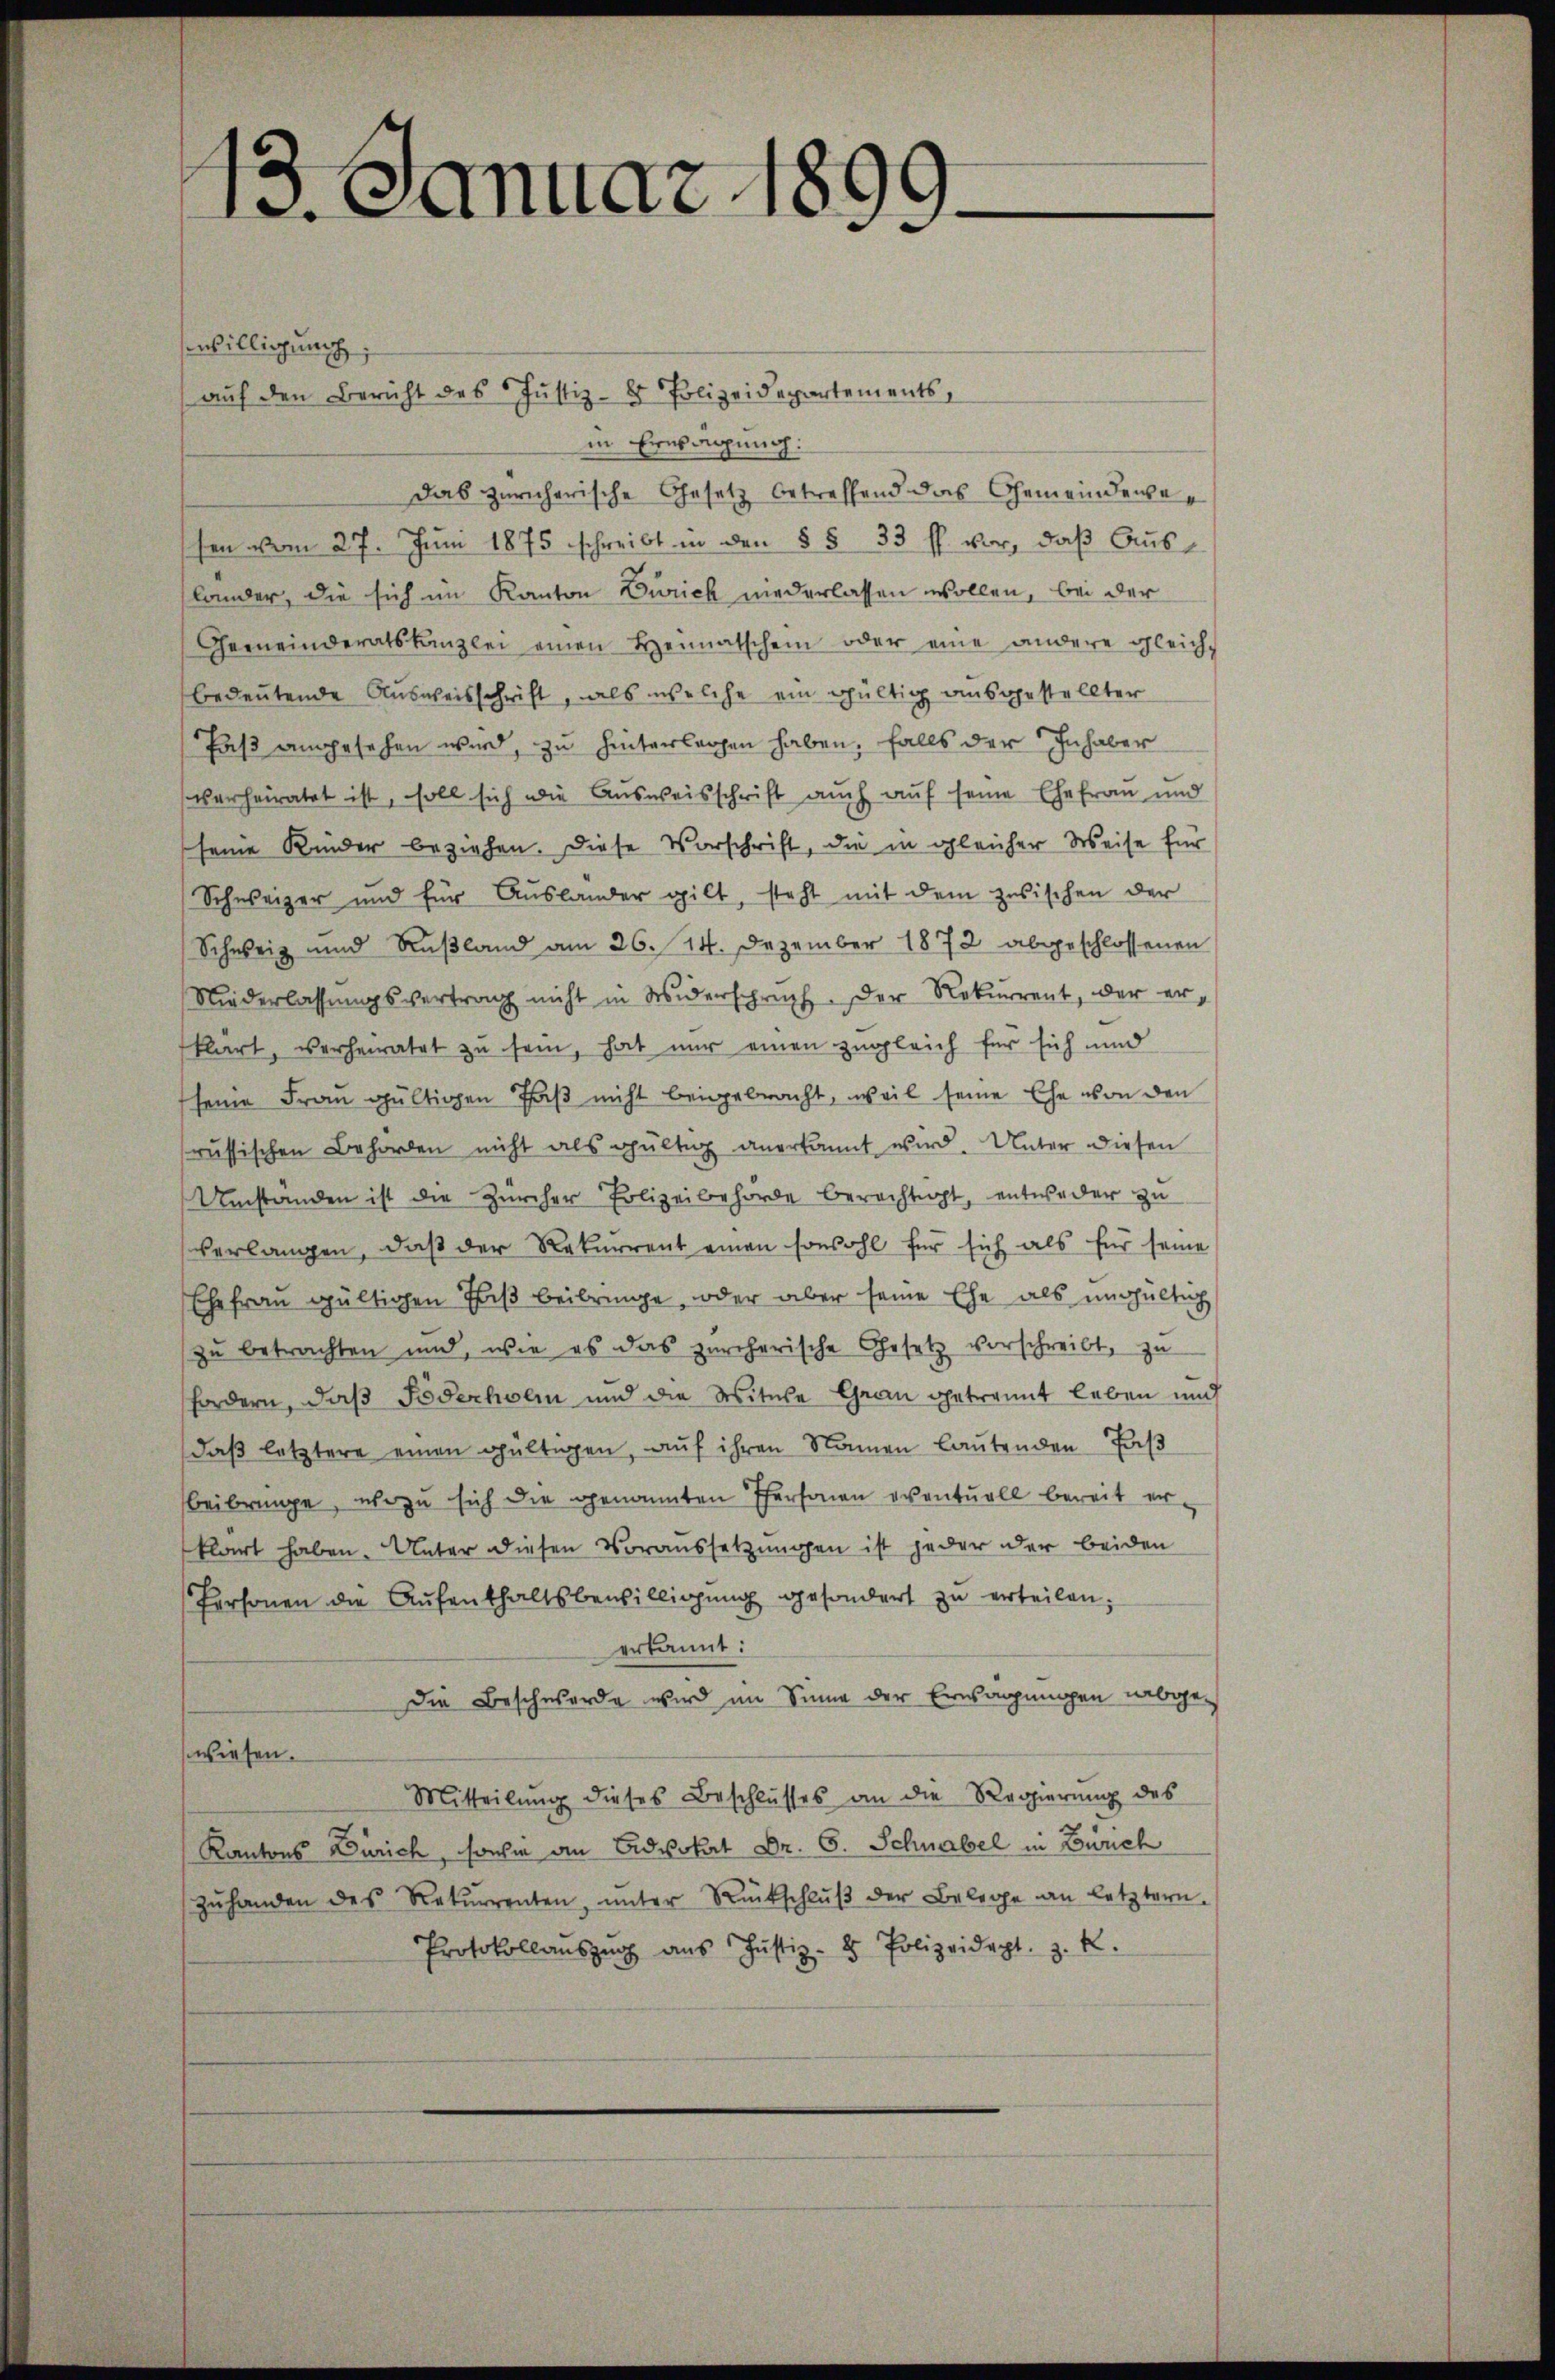
. Januar 1899.

enbilligung
aŭf den Bericht des Justiz- & Polizeidepartements,
in Erwägung:
Das züricherische Gesetz betreffend das Gemeindewesen vom 27. Juni 1875 schreibt in den § § 33 ff. vor, daß Aus-
lander, die sich im Kanton Zürich niederlassen wollen, bei der
Gemeinderatskanzlei einen Heimatschein oder eine andere gleich-
bedeutende Ausweisschrift, als welche ein gültig ausgestellter
Paß angesehen wird, zu hinterlagen haben, falls der Inhaber
verheiratet ist, soll sich die Ausweisschrift auch auf seine Ehefrau und
seine Kinder beziehen. Diese Vorschrift, die in gleicher Weise für
Schweizer und für Auslander gilt, steht mit dem zusischen der
Schweiz und Rußland am 26. 14. Dezember 1872 abgeschlossenen
Niederlassŭngsvertrag nicht in Widerspruch. Der Rekurrent, der erklärt, verheiratet zu sein, hat nur einen zugleich für sich und
seine Frau gültigen Paß nicht beigebracht, weil seine Ehe von den
russischen Behörden nicht als gültig anerkannt wird. Unter diesen
Umstanden ist die Zürcher Polizeibehörde berechtigt, entweder zu
verlangen, daß der Rekurrent einen sowohl für sich als für seine
Ehefrau gültigen Faß beibringe, oder aber seine Ehe als ungültig
zu betrachten und, wie es das zürcherische Gesetz vorschreibt, zu
fordern, daß Föderholen und die Witwe Gran getrennt leben und
daß letztere einen gültigen, auf ihren Namen lautenden Fas
beibringe, wozu sich die genannten Personen eventuell bereit erklärt haben. Unter diesen Voraussetzungen ist jeder der beiden
Personen die Aufenthaltsbewilligung gesondert zu erteilen:
erkannt:
Die Beschwerde wird im Sinne der Erwägungen abgewiesen.
Mitteilŭng dieses Beschlŭsses an die Regierŭng des
Kantons Zürich, sonden an Advokat Dr. 6. Schnabel in Zürich
zŭhanden des Rekŭrrenten, ŭnter Rückschlŭβ der Belege an letztern.
Protokollanszŭg aŭs Justiz- & Polizeidept. z. R.